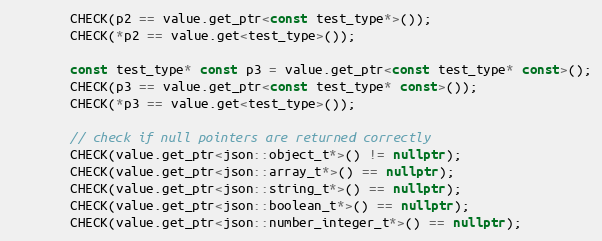
Language: C++
        CHECK(p2 == value.get_ptr<const test_type*>());
        CHECK(*p2 == value.get<test_type>());

        const test_type* const p3 = value.get_ptr<const test_type* const>();
        CHECK(p3 == value.get_ptr<const test_type* const>());
        CHECK(*p3 == value.get<test_type>());

        // check if null pointers are returned correctly
        CHECK(value.get_ptr<json::object_t*>() != nullptr);
        CHECK(value.get_ptr<json::array_t*>() == nullptr);
        CHECK(value.get_ptr<json::string_t*>() == nullptr);
        CHECK(value.get_ptr<json::boolean_t*>() == nullptr);
        CHECK(value.get_ptr<json::number_integer_t*>() == nullptr);